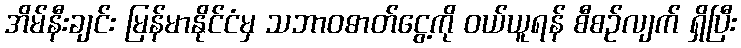
အိမ်နီးချင်း မြန်မာနိုင်ငံမှ သဘာဝဓာတ်ငွေ့ကို ဝယ်ယူရန် စီစဉ်လျက် ရှိပြီး